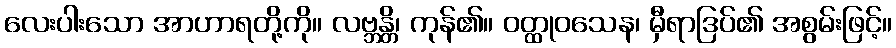
လေးပါးသော အာဟာရတို့ကို။ လဗ္ဘန္တိ၊ ကုန်၏။ ဝတ္ထုဝသေန၊ မှီရာဒြပ်၏ အစွမ်းဖြင့်။